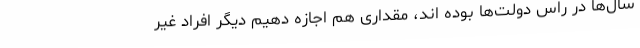
سال‌ها در راس دولت‌ها بوده اند، مقداری هم اجازه دهیم دیگر افراد غیر